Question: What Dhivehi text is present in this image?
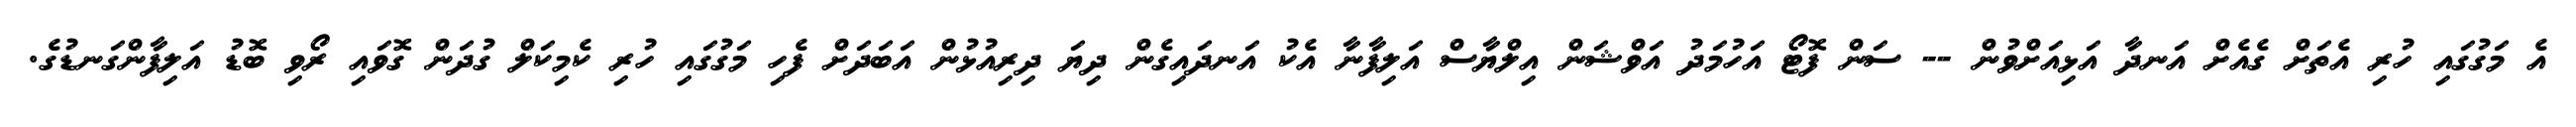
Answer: އެ މަގުގައި ހުރި އެތަށް ގެއެށް އަނދާ އަޅިއަށްވުން -- ސަން ފޮޓޯ އަހުމަދު އަވްޝަން އިލްޔާސް އަލިފާނާ އެކު އަނދައިގެން ދިޔަ ދިރިއުޅުން އަބަދަށް ފެހި މަގުގައި ހުރި ކެމިކަލް ގުދަން ގޮވައި ރޯވި ބޮޑު އަލިފާންގަނޑުގެ.